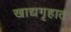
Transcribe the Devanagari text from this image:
खाद्यगृहात